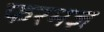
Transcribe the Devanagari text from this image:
फरमज़